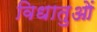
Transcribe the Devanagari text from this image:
विधातुओं